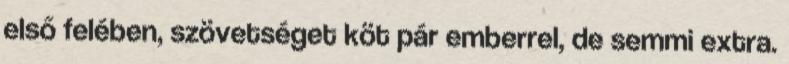
első felében, szövetséget köt pár emberrel, de semmi extra.